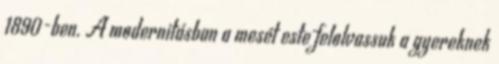
1890-ben. A modernitásban a mesét este felolvassuk a gyereknek